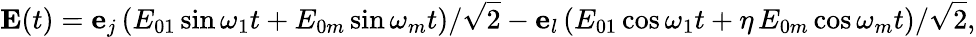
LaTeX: {\mathbf E}(t)=\mathbf{e}_{j}\left({E}_{01}\sin\omega_{1}t+{E}_{0m}\sin\omega_{m}t\right)/\sqrt{2}-\mathbf{e}_{l}\left({E}_{01}\cos\omega_{1}t+\eta\, {E}_{0m}\cos\omega_{m}t\right)/\sqrt{2},